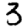
Digit: 3